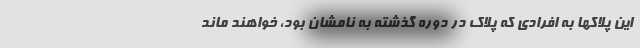
این پلاکها به افرادی که پلاک در دوره گذشته به نامشان بود، خواهند ماند